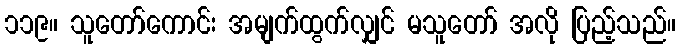
၁၁၉။ သူတော်ကောင်း အမျက်ထွက်လျှင် မသူတော် အလို ပြည့်သည်။